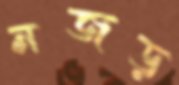
নজড়